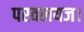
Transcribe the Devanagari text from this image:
परवलयज।